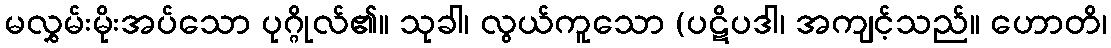
မလွှမ်းမိုးအပ်သော ပုဂ္ဂိုလ်၏။ သုခါ၊ လွယ်ကူသော (ပဋိပဒါ၊ အကျင့်သည်။ ဟောတိ၊